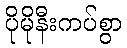
ပိုမိုနီးကပ်စွာ